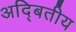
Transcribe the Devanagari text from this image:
अद्बितीय